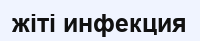
жіті инфекция